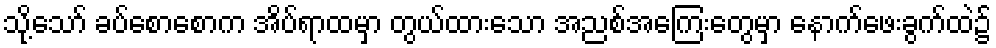
သို့သော် ခပ်စောစောက အိပ်ရာထမှာ တွယ်ထားသော အညစ်အကြေးတွေမှာ နောက်ဖေးခွက်ထဲ၌